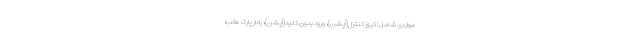
مواردی شامل: کروز کنترل(آپشن)، ورود بدون کلید(آپشن)، رادار پارک عقب،